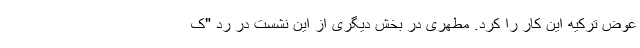
عوض ترکیه این کار را کرد. مطهری در بخش دیگری از این نشست در رد "ک